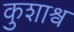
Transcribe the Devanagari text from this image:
कुशाश्व